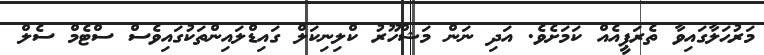
މަރުޙަލާގައިވާ ތެރަޕީއެއް ކަމަށެވެ. އަދި ނަން މަޝްހޫރު ކްލިނިކަލް ގައިޑްލައިންތަކުގައިވެސް ސްޓެމް ސެލް